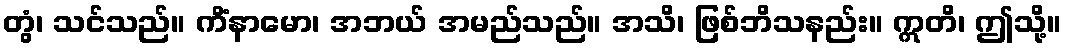
တွံ၊ သင်သည်။ ကိံနာမော၊ အဘယ် အမည်သည်။ အသိ၊ ဖြစ်ဘိသနည်း။ ဣတိ၊ ဤသို့။